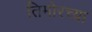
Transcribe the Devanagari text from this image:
तिमोरच्या